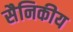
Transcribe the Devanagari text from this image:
सैनिकीय